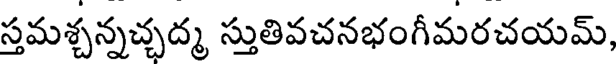
స్తమశ్చన్నచ్చద్మ స్తుతివచనభంగీమరచయమ్,